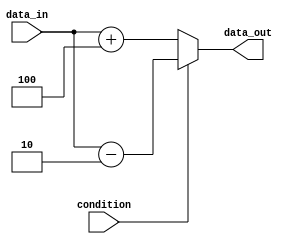
module if_else_statement (
    input wire condition,
    input wire [3:0] data_in,
    output reg [3:0] data_out
);

always @(*) begin
    if (~condition) begin
        // Code block to execute if the condition is false
        data_out = data_in + 4;
    end
    else begin
        // Code block to execute if the condition is true
        data_out = data_in - 2;
    end
end

endmodule